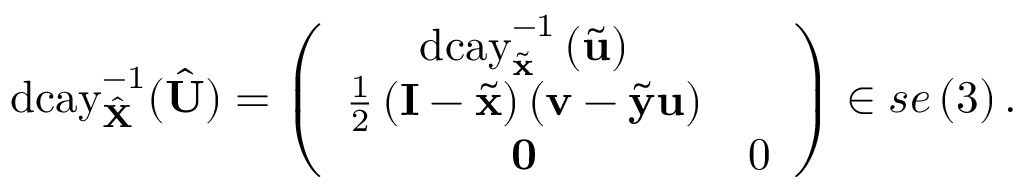
\mathrm { d c a y } _ { \hat { \mathbf { X } } } ^ { - 1 } ( \hat { \mathbf { U } } ) = \left( \begin{array} { c c } { \mathrm { d c a y } _ { \tilde { \mathbf { x } } } ^ { - 1 } \left( \tilde { \mathbf { u } } \right) } & \\ { \frac { 1 } { 2 } \left( \mathbf { I } - \tilde { \mathbf { x } } \right) \left( \mathbf { v } - \tilde { \mathbf { y } } \mathbf { u } \right) } \\ { \mathbf { 0 } } & { 0 } \end{array} \right) \in s e \left( 3 \right) .